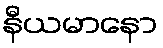
နီယမာနော